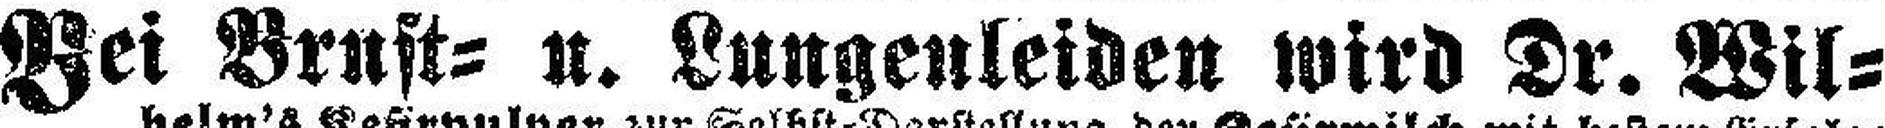
Bei Brust= u. Lungenleiden wird Dr. Wil¬